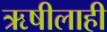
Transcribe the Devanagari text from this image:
ऋषीलाही